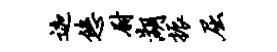
迦悠尉湖振屈